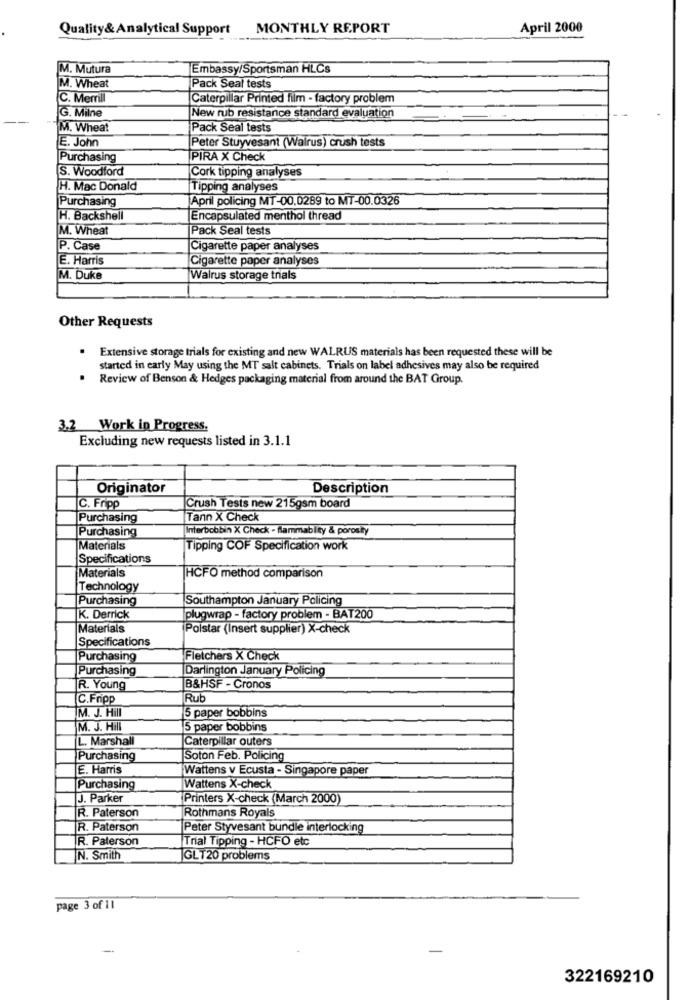
Quality& Analytical Support
MONTHLY REPORT
April 2000
M. Mutura
Embassy/Sportsman HLCs
M. Wheat
Pack Seal tests
C. Merrill
Caterpillar Printed film - factory problem
G. Milne
New rub resistance standard evaluation
M. Wheat
Pack Seal tests
E. John
Peter Stuyvesant (Walrus) crush tests
Purchasing
PIRA X Check
S. Woodford
Cork tipping analyses
H. Mac Donald
Tipping analyses
Purchasing
April policing MT-00.0289 to MT-00.0326
H. Backshell
Encapsulated menthol thread
M. Wheat
Pack Seal tests
P. Case
Cigarette paper analyses
E. Harris
Cigarette paper analyses
M. Duke
Walrus storage trials
Other Requests
Extensive storage trials for existing and new WALRUS materials has been requested these will be
started in early May using the MT salt cabinets. Trials on label adhesives may also be required
.
Review of Benson & Hedges packaging material from around the BAT Group.
3.2 Work in Progress.
Excluding new requests listed in 3.1.1
Originator
Description
C. Fripp
Crush Tests new 215gsm board
Purchasing
Tann X Check
Purchasing
Interbobbin X Check - flammabley & porosity
Materials
Tipping COF Specification work
Specifications
Materials
HCFO method comparison
Technology
Purchasing
Southampton January Policing
K. Derrick
plugwrap - factory problem - BAT200
Materials
Polstar (Insert supplier) X-check
Specifications
Purchasing
Fletchers X Check
Purchasing
Darlington January Policing
R. Young
B&HSF - Cronos
C.Fripp
Rub
M. J. Hill
5 paper bobbins
M. J. Hill
5 paper bobbins
L. Marshall
Caterpillar outers
Purchasing
Soton Feb. Policing
E. Harris
Wattens v Ecusta - Singapore paper
Purchasing
Wattens X-check
J. Parker
Printers X-check (March 2000)
R. Paterson
Rothmans Royals
R. Paterson
Peter Styvesant bundle interlocking
R. Paterson
Trial Tipping - HCFO etc
N. Smith
GLT20 problems
page 3 of 11
322169210